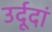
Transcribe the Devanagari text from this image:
उर्दूदां